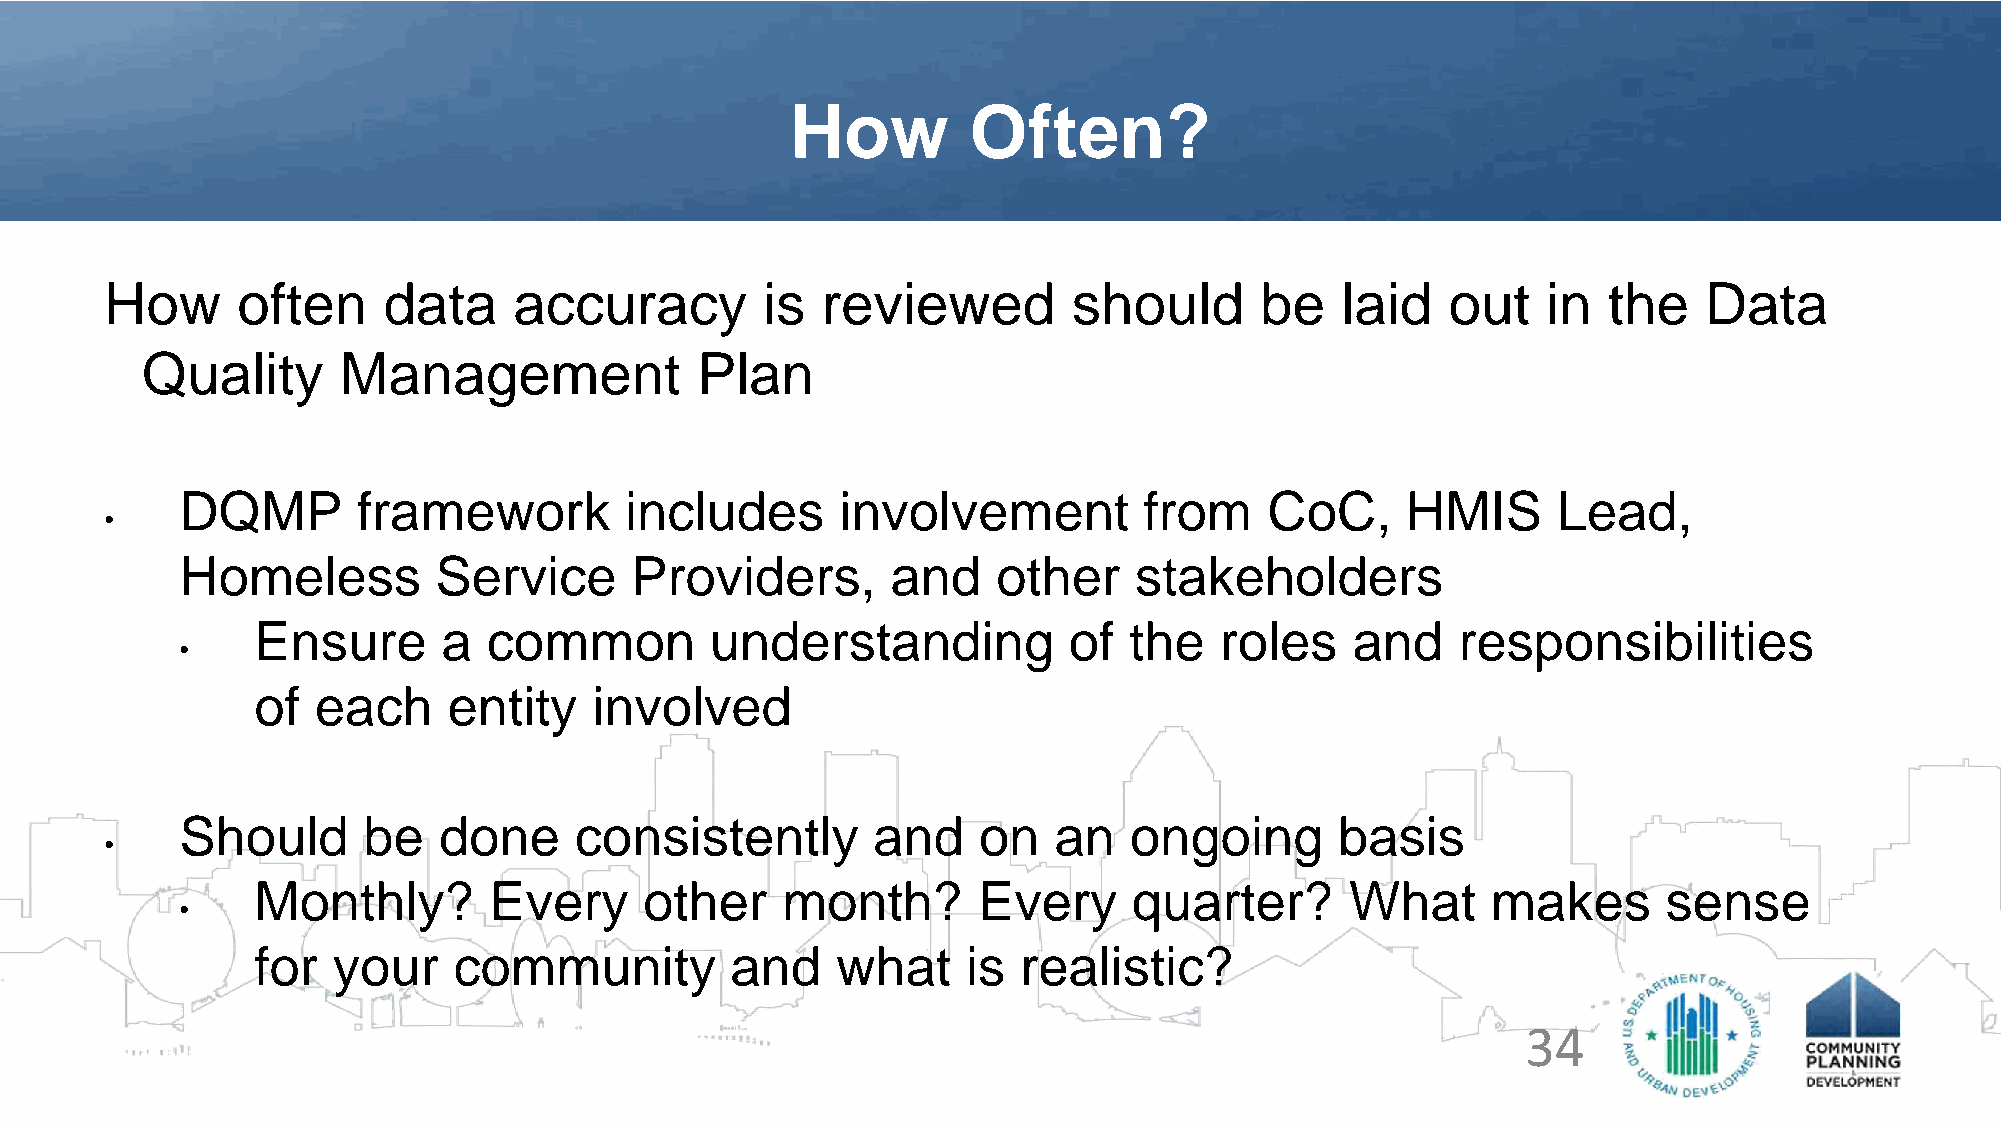
How         Often?
 How      often    data     accuracy         is reviewed         should      be    laid   out   in  the    Data
 Quality      Management              Plan
 DQMP        framework        includes       involvement         from    CoC,     HMIS      Lead,
 •
 Homeless         Service      Providers,       and    other    stakeholders
 Ensure      a  common         understanding           of  the   roles    and    responsibilities
 •
 of  each     entity   involved
 Should      be   done     consistently        and    on   an   ongoing       basis
 •
 Monthly?       Every      other    month?       Every     quarter?      What      makes      sense
 •
 for  your    community         and    what     is  realistic?
 34